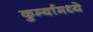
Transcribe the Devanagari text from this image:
कुर्म्यामध्ये